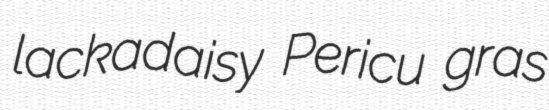
lackadaisy Pericu gras